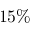
1 5 \%